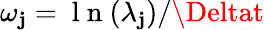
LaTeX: \omega_{\mathbf{j}}={\mathrm{{~l~n~}}(\lambda_{\mathbf{j}})}/{\Deltat}